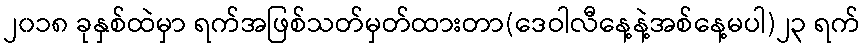
၂၀၁၈ ခုနှစ်ထဲမှာ ရက်အဖြစ်သတ်မှတ်ထားတာ(ဒေဝါလီနေ့နဲ့အစ်နေ့မပါ)၂၃ ရက်